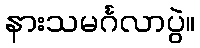
နားသမင်္ဂလာပွဲ။